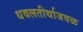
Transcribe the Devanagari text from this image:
धवलतीर्थाजवळ